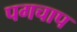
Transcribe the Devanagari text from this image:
पगचाप